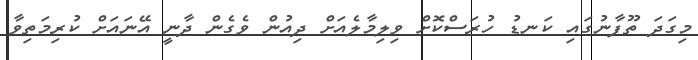
މިގަދަ ތޫފާނުގައި ކަނޑު ހުރަސްކޮށް ވިލިމާލެއަށް ދިއުން ވެގެން ދާނީ އޭނައަށް ކުރިމަތިވާ